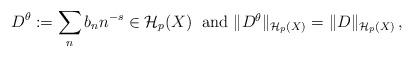
LaTeX: \begin{align*} D^{\theta} := \sum_{n}{b_n n^{-s}} \in \mathcal{H}_{p}(X) \: \mbox{ and $\|D^{\theta}\|_{\mathcal{H}_p(X)} = \| D\|_{\mathcal{H}_p(X)}$\,,} \end{align*}